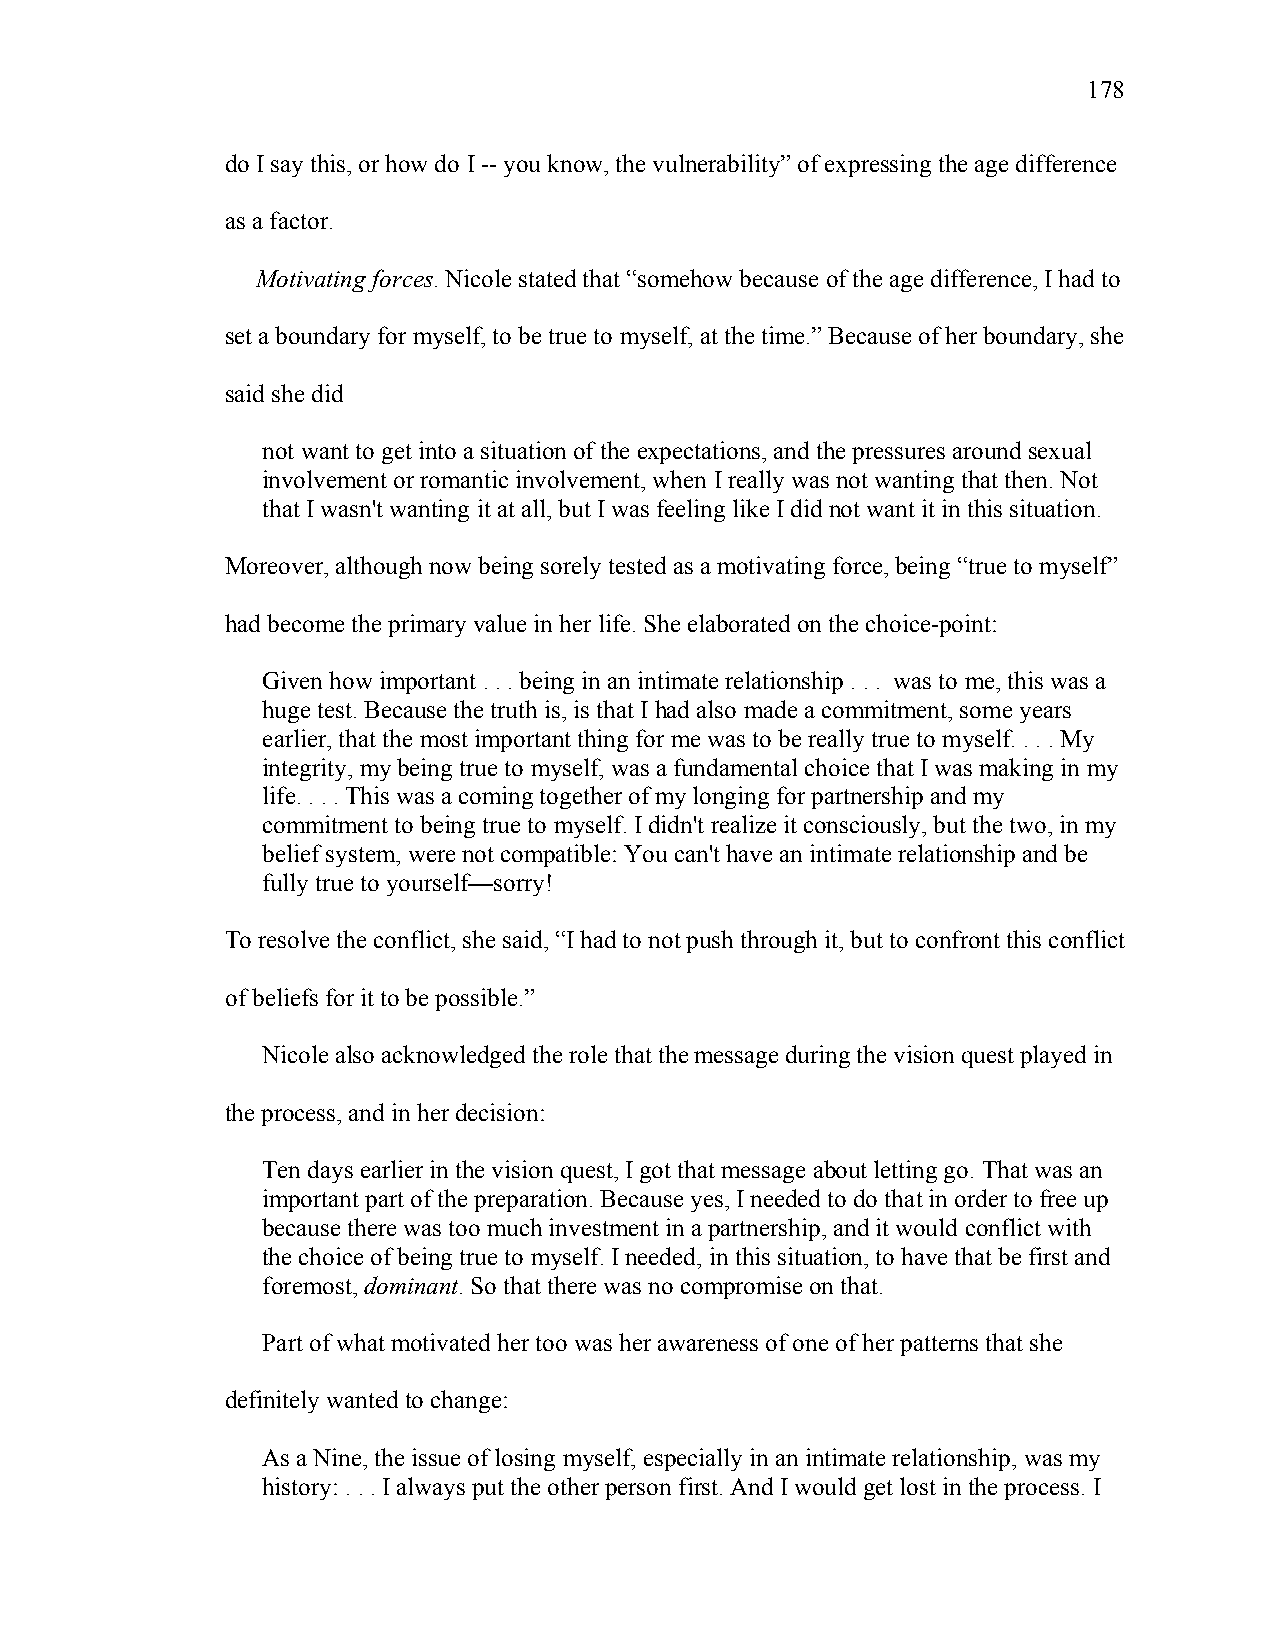
178
 do I say this, or how do I -- you know, the vulnerability” of expressing the age difference
 as a factor.
 Motivating forces. Nicole stated that “somehow because of the age difference, I had to
 set a boundary for myself, to be true to myself, at the time.” Because of her boundary, she
 said she did
 not want to get into a situation of the expectations, and the pressures around sexual
 involvement or romantic involvement, when I really was not wanting that then. Not
 that I wasn't wanting it at all, but I was feeling like I did not want it in this situation.
 Moreover, although now being sorely tested as a motivating force, being “true to myself”
 had become the primary value in her life. She elaborated on the choice-point:
 Given how important . . . being in an intimate relationship . . . was to me, this was a
 huge test. Because the truth is, is that I had also made a commitment, some years
 earlier, that the most important thing for me was to be really true to myself. . . . My
 integrity, my being true to myself, was a fundamental choice that I was making in my
 life. . . . This was a coming together of my longing for partnership and my
 commitment to being true to myself. I didn't realize it consciously, but the two, in my
 belief system, were not compatible: You can't have an intimate relationship and be
 fully true to yourself—sorry!
 To resolve the conflict, she said, “I had to not push through it, but to confront this conflict
 of beliefs for it to be possible.”
 Nicole also acknowledged the role that the message during the vision quest played in
 the process, and in her decision:
 Ten days earlier in the vision quest, I got that message about letting go. That was an
 important part of the preparation. Because yes, I needed to do that in order to free up
 because there was too much investment in a partnership, and it would conflict with
 the choice of being true to myself. I needed, in this situation, to have that be first and
 foremost, dominant. So that there was no compromise on that.
 Part of what motivated her too was her awareness of one of her patterns that she
 definitely wanted to change:
 As a Nine, the issue of losing myself, especially in an intimate relationship, was my
 history: . . . I always put the other person first. And I would get lost in the process. I